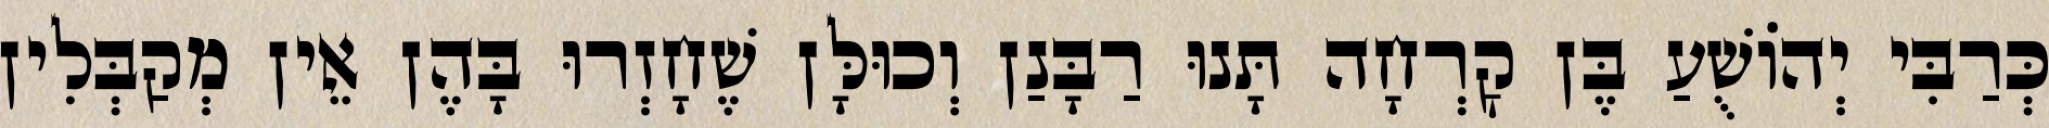
כְּרַבִּי יְהוֹשֻׁעַ בֶּן קׇרְחָה תָּנוּ רַבָּנַן וְכוּלָּן שֶׁחָזְרוּ בָּהֶן אֵין מְקַבְּלִין